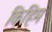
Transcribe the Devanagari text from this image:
किहिम